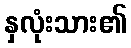
နှလုံးသား၏